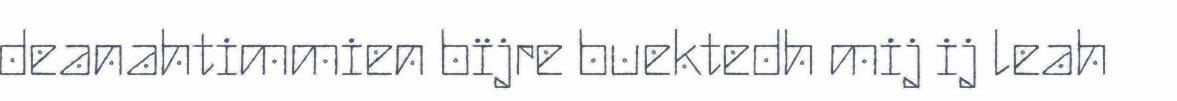
deanahtimmien bïjre buektedh mij ij leah